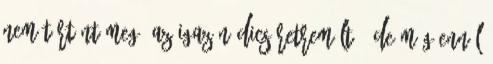
nem történt meg, az igazán dicséretreméltó, de még ennél